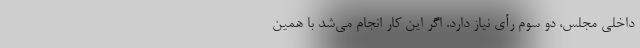
داخلی مجلس، دو سوم رأی نیاز دارد. اگر این کار انجام می‌شد با همین